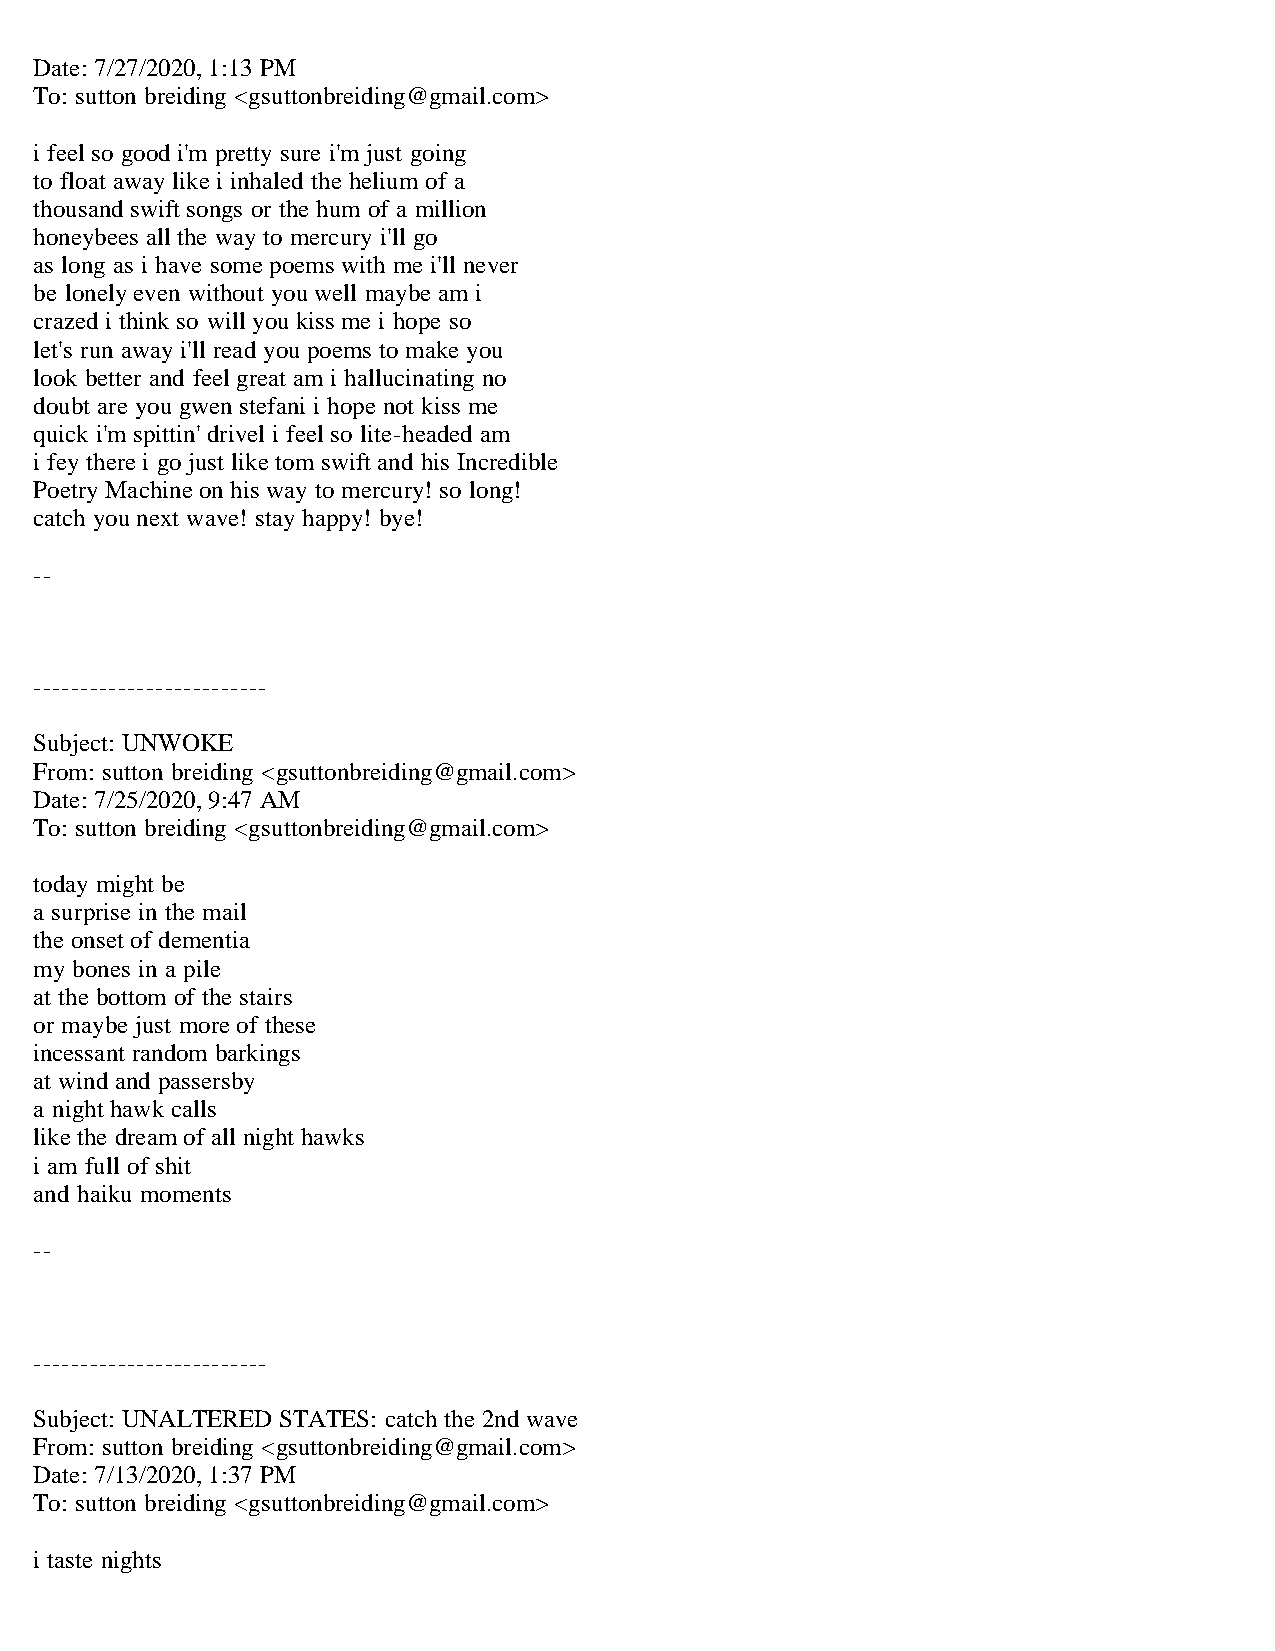
Date: 7/27/2020, 1:13 PM
 To: sutton breiding <gsuttonbreiding@gmail.com>
 i feel so good i'm pretty sure i'm just going
 to float away like i inhaled the helium of a
 thousand swift songs or the hum of a million
 honeybees all the way to mercury i'll go
 as long as i have some poems with me i'll never
 be lonely even without you well maybe am i
 crazed i think so will you kiss me i hope so
 let's run away i'll read you poems to make you
 look better and feel great am i hallucinating no
 doubt are you gwen stefani i hope not kiss me
 quick i'm spittin' drivel i feel so lite-headed am
 i fey there i go just like tom swift and his Incredible
 Poetry Machine on his way to mercury! so long!
 catch you next wave! stay happy! bye!
 --
 -------------------------
 Subject: UNWOKE
 From: sutton breiding <gsuttonbreiding@gmail.com>
 Date: 7/25/2020, 9:47 AM
 To: sutton breiding <gsuttonbreiding@gmail.com>
 today might be
 a surprise in the mail
 the onset of dementia
 my bones in a pile
 at the bottom of the stairs
 or maybe just more of these
 incessant random barkings
 at wind and passersby
 a night hawk calls
 like the dream of all night hawks
 i am full of shit
 and haiku moments
 --
 -------------------------
 Subject: UNALTERED STATES: catch the 2nd wave
 From: sutton breiding <gsuttonbreiding@gmail.com>
 Date: 7/13/2020, 1:37 PM
 To: sutton breiding <gsuttonbreiding@gmail.com>
 i taste nights